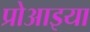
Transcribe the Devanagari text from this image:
प्रोआइया